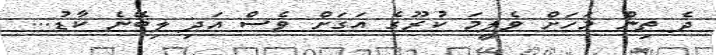
ދެ ތިން މަހަށް ވެލީމަ ކުރޫގެ އަގަށް ވެސް އަދި ލިބޭނެ ކާޑު...